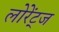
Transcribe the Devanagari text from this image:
लोरेंट्ज